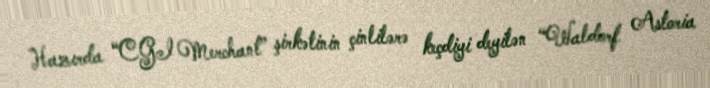
Hazırda “CGI Merchant” şirkətinin çinlilərə keçdiyi deyilən “Waldorf Astoria